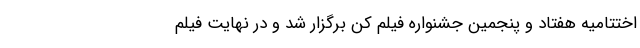
اختتامیه هفتاد و پنجمین جشنواره فیلم کن برگزار شد و در نهایت فیلم